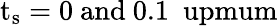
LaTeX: \mathrm{{t_{s}=0\ \mathrm{{and}\ 0.1\ \ upmum}}}